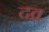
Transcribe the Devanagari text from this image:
दव्र